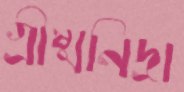
গ্রীষ্মনিদ্রা